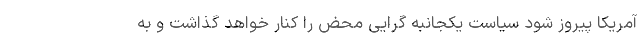
آمریکا پیروز شود سیاست یکجانبه گرایی محض را کنار خواهد گذاشت و به